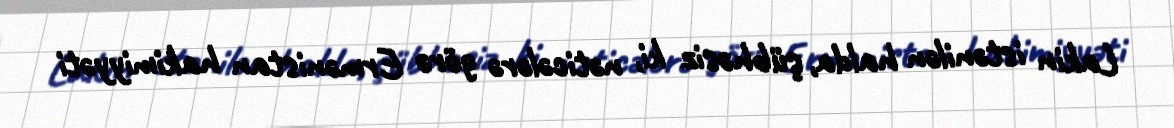
Lakin istənilən halda, şübhəsiz ki, nəticələrə görə Ermənistan hakimiyyəti